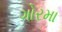
ગોરમા